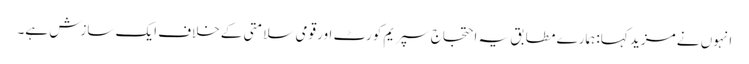
انہوں نے مزید کہا: ہمارے مطابق یہ احتجاج سپریم کورٹ اور قومی سلامتی کے خلاف ایک سازش ہے۔